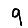
Digit: 9